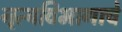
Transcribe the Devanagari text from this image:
नृत्यविभागाचे